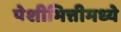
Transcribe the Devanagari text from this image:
पेशीभित्तीमध्ये